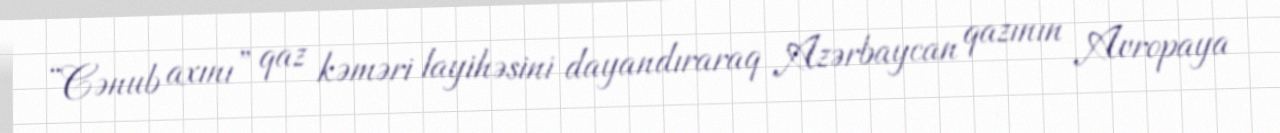
“Cənub axını” qaz kəməri layihəsini dayandıraraq Azərbaycan qazının Avropaya